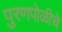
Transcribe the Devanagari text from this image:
पुरणपोळीचे